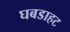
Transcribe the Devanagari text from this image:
घबडाहट